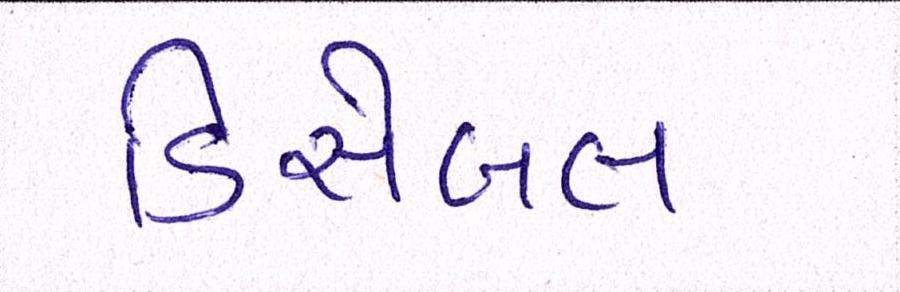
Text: ડિસેબલ